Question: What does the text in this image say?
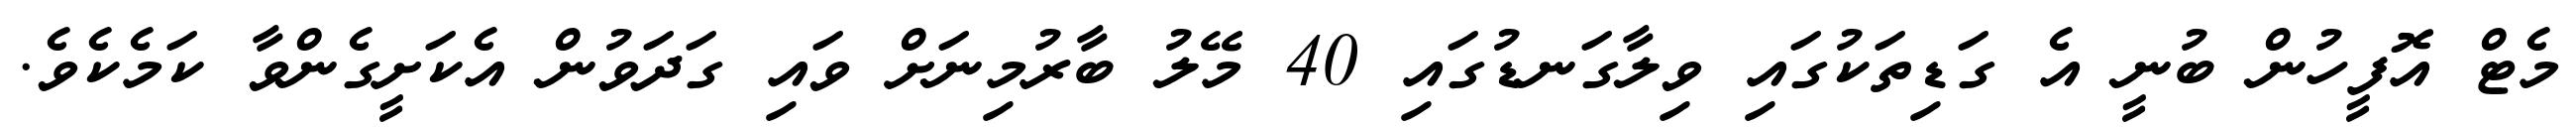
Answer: މެޓް އޮފީހުން ބުނީ އެ ގަޑިތަކުގައި ވިލާގަނޑުގައި 40 މޭލު ބާރުމިނަށް ވައި ގަދަވުން އެކަށީގެންވާ ކަމެކެވެ.